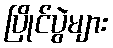
ပြိုင်ပွဲများ